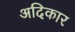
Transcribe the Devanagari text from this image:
अदिकार